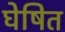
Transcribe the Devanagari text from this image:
घेषित